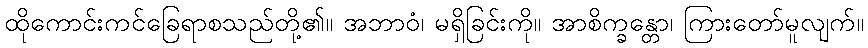
ထိုကောင်းကင်ခြေရာစသည်တို့၏။ အဘာဝံ၊ မရှိခြင်းကို။ အာစိက္ခန္တော၊ ကြားတော်မူလျက်။